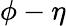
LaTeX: \phi-\eta